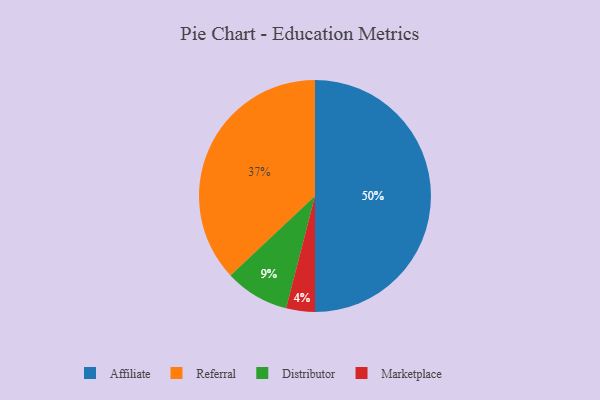
{"axis": {"x": "Category", "y": "Percentage"}, "legend": ["Affiliate", "Distributor", "Marketplace", "Referral"], "data": [{"x": "Referral", "y": 37, "type": "Referral"}, {"x": "Distributor", "y": 9, "type": "Distributor"}, {"x": "Marketplace", "y": 4, "type": "Marketplace"}, {"x": "Affiliate", "y": 50, "type": "Affiliate"}]}